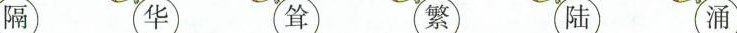
隔 华 耸 繁 陆 涌